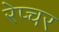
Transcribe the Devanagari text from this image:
रेप्चर